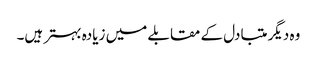
وہ دیگر متبادل کے مقابلے میں زیادہ بہتر ہیں۔